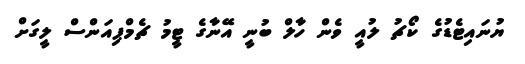
ޔުނައިޓެޑުގެ ކޯޗު ލުއީ ވެން ހާލް ބުނީ އޭނާގެ ޓީމު ޗެމްޕިއަންސް ލީގަށް